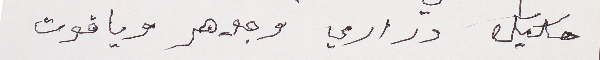
حكيك دراري وجوهر وياقوت